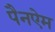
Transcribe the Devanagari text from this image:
पैनऐम